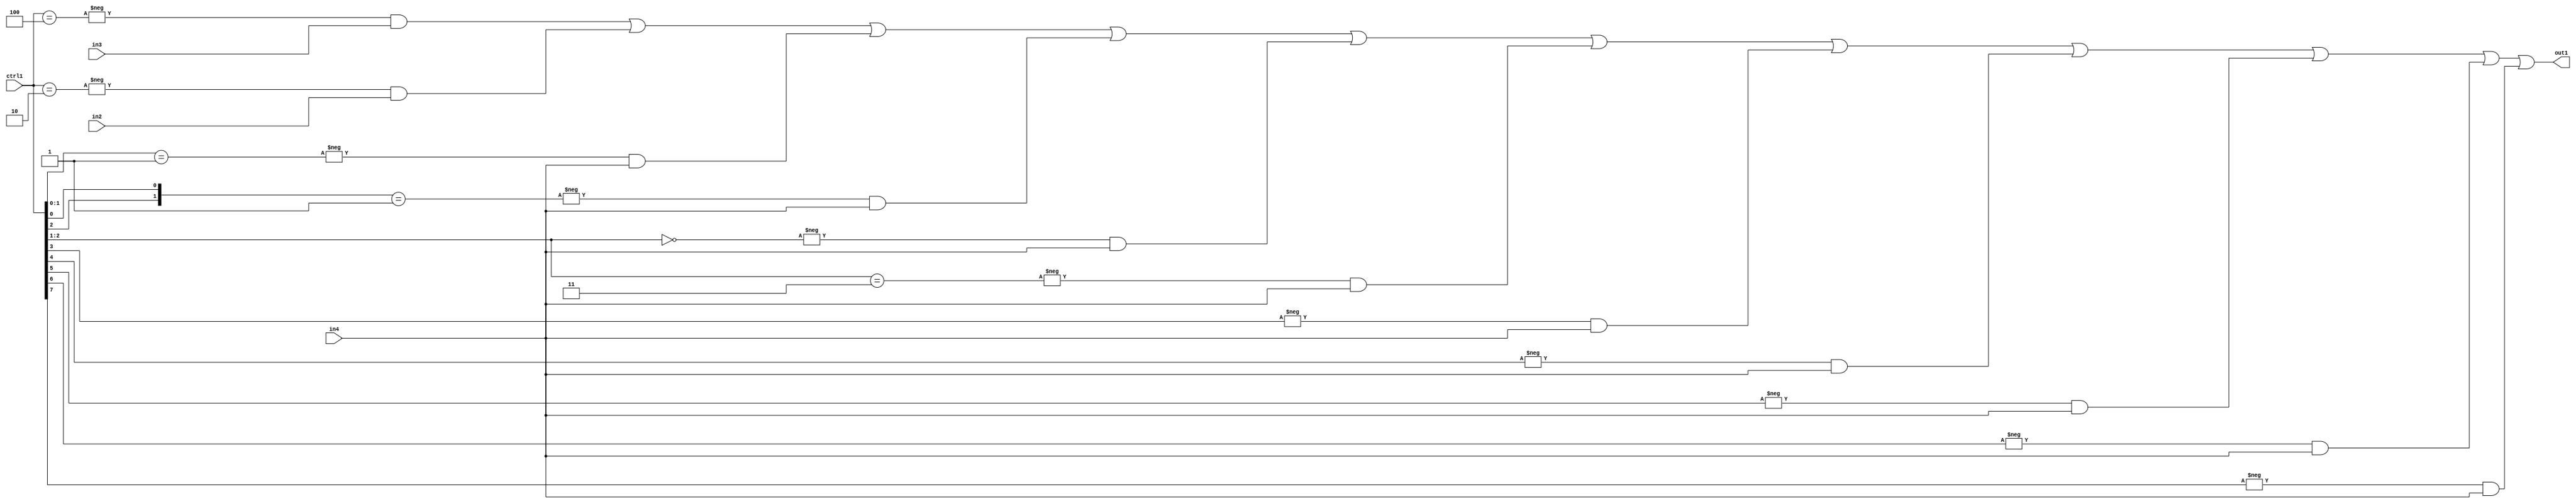
`timescale 1ps / 1ps
/*****************************************************************************
    Verilog RTL Description
    
    
    Created by: Stratus DpOpt 2019.1.01 
*******************************************************************************/

module st_weight_addr_gen_N_Mux_16_3_22_4_0 (
	in4,
	in3,
	in2,
	ctrl1,
	out1
	); /* architecture "behavioural" */ 
input [15:0] in4;
input [13:0] in3;
input [14:0] in2;
input [7:0] ctrl1;
output [15:0] out1;
wire [15:0] asc001;

assign asc001 = 
	-{ctrl1 == 8'B00000100} & in3 |
	-{ctrl1 == 8'B00000010} & in2 |
	-{ctrl1[1:0] == 2'B01} & in4 |
	-{{ctrl1[2], ctrl1[0]} == 2'B01} & in4 |
	-{ctrl1[2:1] == 2'B00} & in4 |
	-{ctrl1[2:1] == 2'B11} & in4 |
	-{ctrl1[3] == 1'B1} & in4 |
	-{ctrl1[4] == 1'B1} & in4 |
	-{ctrl1[5] == 1'B1} & in4 |
	-{ctrl1[6] == 1'B1} & in4 |
	-{ctrl1[7] == 1'B1} & in4 ;

assign out1 = asc001;
endmodule

/* CADENCE  vrnwSQk= : u9/ySgnWtBlWxVPRXgAZ4Og= ** DO NOT EDIT THIS LINE ******/